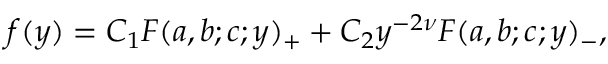
f ( y ) = C _ { 1 } F ( a , b ; c ; y ) _ { + } + C _ { 2 } y ^ { - 2 \nu } F ( a , b ; c ; y ) _ { - } ,